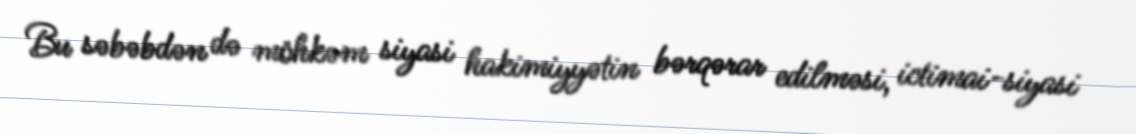
Bu səbəbdən də möhkəm siyasi hakimiyyətin bərqərar edilməsi, ictimai-siyasi